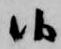
候